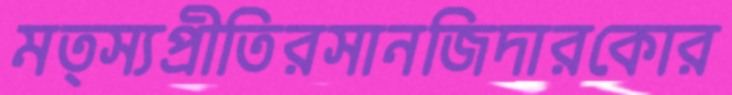
মত্স্যপ্রীতিরসানজিদারকোর